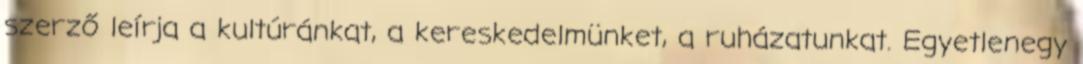
szerző leírja a kultúránkat, a kereskedelmünket, a ruházatunkat. Egyetlenegy